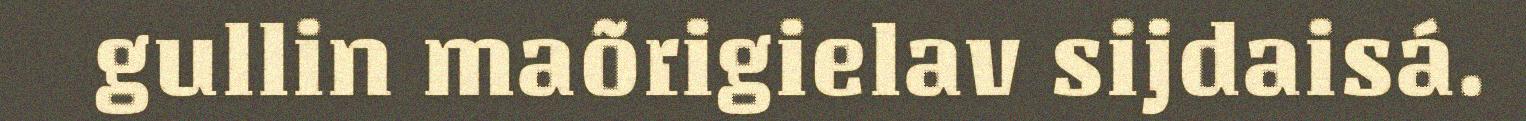
gullin maõrigielav sijdaisá.